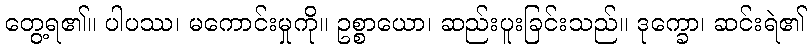
တွေ့ရ၏။ ပါပဿ၊ မကောင်းမှုကို။ ဥစ္စာယော၊ ဆည်းပူးခြင်းသည်။ ဒုက္ခော၊ ဆင်းရဲ၏